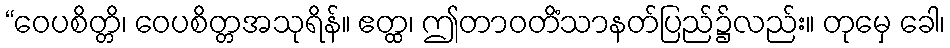
“ဝေပစိတ္တိ၊ ဝေပစိတ္တအသုရိန်။ ဧတ္ထ၊ ဤတာဝတိံသာနတ်ပြည်၌လည်း။ တုမှေ ခေါ၊